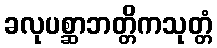
ခလုပစ္ဆာဘတ္တိကသုတ္တံ